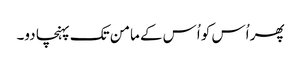
پھر اُس کو اُس کے مامن تک پہنچا دو۔